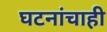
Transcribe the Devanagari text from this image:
घटनांचाही